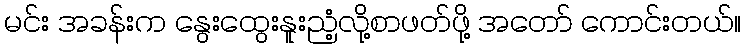
မင်း အခန်းက နွေးထွေးနူးညံ့လို့စာဖတ်ဖို့ အတော် ကောင်းတယ်။